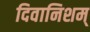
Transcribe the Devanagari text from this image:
दिवानिशम्